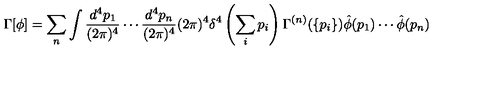
\Gamma [ \phi ] = \sum _ { n } \int \frac { d ^ { 4 } p _ { 1 } } { ( 2 \pi ) ^ { 4 } } \cdots \frac { d ^ { 4 } p _ { n } } { ( 2 \pi ) ^ { 4 } } ( 2 \pi ) ^ { 4 } \delta ^ { 4 } \left( \sum _ { i } p _ { i } \right) \Gamma ^ { ( n ) } ( \{ p _ { i } \} ) \hat { \phi } ( p _ { 1 } ) \cdots \hat { \phi } ( p _ { n } )